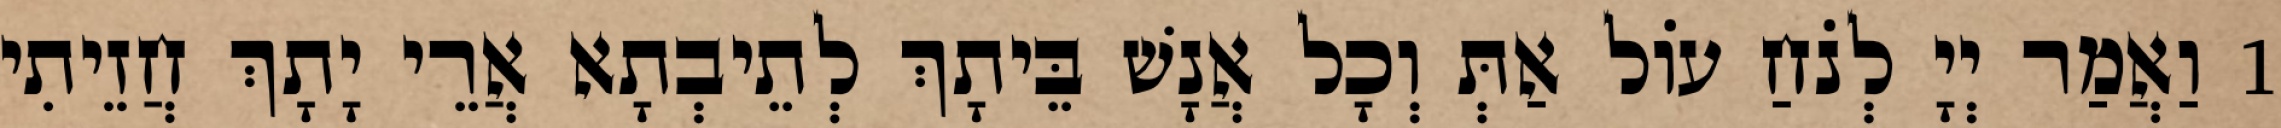
1 וַאֲמַר יְיָ לְנֹחַ עוֹל אַתְּ וְכָל אֲנָשׁ בֵּיתָךְ לְתֵיבְתָא אֲרֵי יָתָךְ חֲזֵיתִי